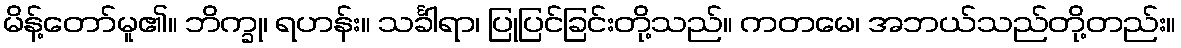
မိန့်တော်မူ၏။ ဘိက္ခု၊ ရဟန်း။ သင်္ခါရာ၊ ပြုပြင်ခြင်းတို့သည်။ ကတမေ၊ အဘယ်သည်တို့တည်း။